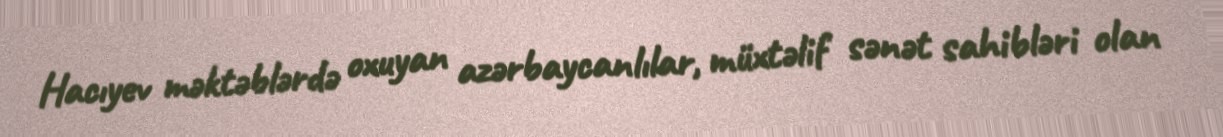
Hacıyev məktəblərdə oxuyan azərbaycanlılar, müxtəlif sənət sahibləri olan